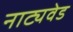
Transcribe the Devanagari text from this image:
नाट्यवेड